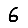
Digit: 6